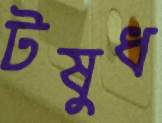
টষুধ